system: You are a helpful assistant.
user:
Analyze the provided spectrum to determine if it is a **Carbon Star (C-type)**.

- **Key Visual Indicators of Carbon Star:**
    - **(Primary):** Strong molecular absorption from **C₂ (diatomic carbon) "Swan Bands."** This is the **defining feature** of a carbon star.
        - **(Key Bandheads):** Sharp absorption edges are visible at approximately $5635$ Å, $5165$ Å (the strongest band), and $4737$ Å.
        - **(Line Profile):** Creates a distinct **"saw-tooth"** pattern. The key morphology is a sharp, steep bandhead on the **red (long-wavelength) side**, which then gradually tapers off (i.e., flux recovers) towards the **blue (short-wavelength) side**. *(This is the direct opposite of the TiO bands seen in M-type stars)*.

    - **(Secondary):** Intense **CN (cyanogen)** molecular absorption bands.
        - **(Key Bandheads):** Located in the blue and violet regions of the spectrum (e.g., near $4215$ Å and $3883$ Å).
        - **(Morphology):** These bands are extremely broad and act as a "blanket," absorbing the vast majority of blue and violet light. This creates a characteristic **"cliff"** or **"steep drop-off"** in the spectrum's flux at short wavelengths.

    - **(Key Confirmation):** Strong **CH absorption band (G-band)**.
        - **(Key Bandhead):** Located around $4300$ Å. The contribution from CH molecules to this band is exceptionally strong.

    - **(Overall Spectrum):**
        - The continuum is severely "chopped up" by these deep molecular bands, especially C₂, rather than appearing as a smooth curve.
        - Due to the heavy CN and C₂ absorption in the blue-green, the vast majority of the star's flux is concentrated in the red part of the spectrum, giving the star its characteristic deep red color.

Think first, call **spectral_visualization_tool** if needed to examine features in detail, then provide your final answer. Your response must adhere to the following strict rules:
1.  **Overall Structure:** Your response must follow the format `<think>...</think> <tool_call>...</tool_call> (if a tool is used) <answer>...</answer>`.
2.  **Tool Usage Constraint:** You may only make **one** tool call per turn.
3.  **Final Answer Format:** In the `<answer>` tag, your conclusion must be inside a `\boxed{}` command (e.g., `\boxed{YES}`), followed by your justification.

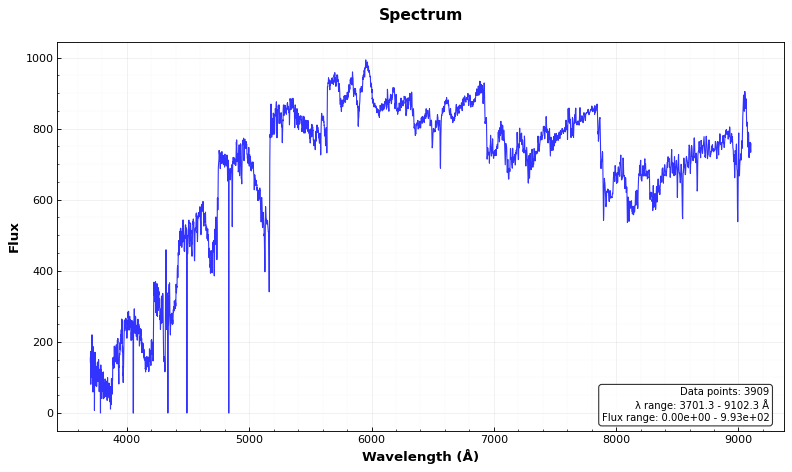
Answer: YES